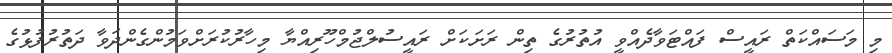
މި މަސައްކަތް ރައީސް ފައްޓަވާދެއްވީ އުތުރުގެ ތިން ރަށަކަށް ރައީސުލްޖުމްހޫރިއްޔާ މިހާރުކުރަށްވަމުންގެންދަވާ ދަތުރުފުޅުގެ